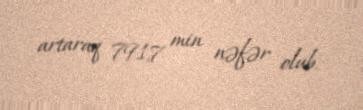
artaraq 791,7 min nəfər olub.